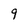
Character: 9